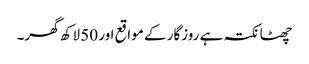
چھٹا نکتہ ہے روزگار کے مواقع اور 50 لاکھ گھر۔